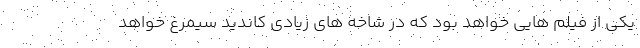
یکی از فیلم هایی خواهد بود که در شاخه های زیادی کاندید سیمرغ خواهد